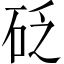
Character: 砭